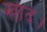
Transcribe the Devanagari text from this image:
खाद।